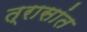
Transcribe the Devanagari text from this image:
त्रासांत